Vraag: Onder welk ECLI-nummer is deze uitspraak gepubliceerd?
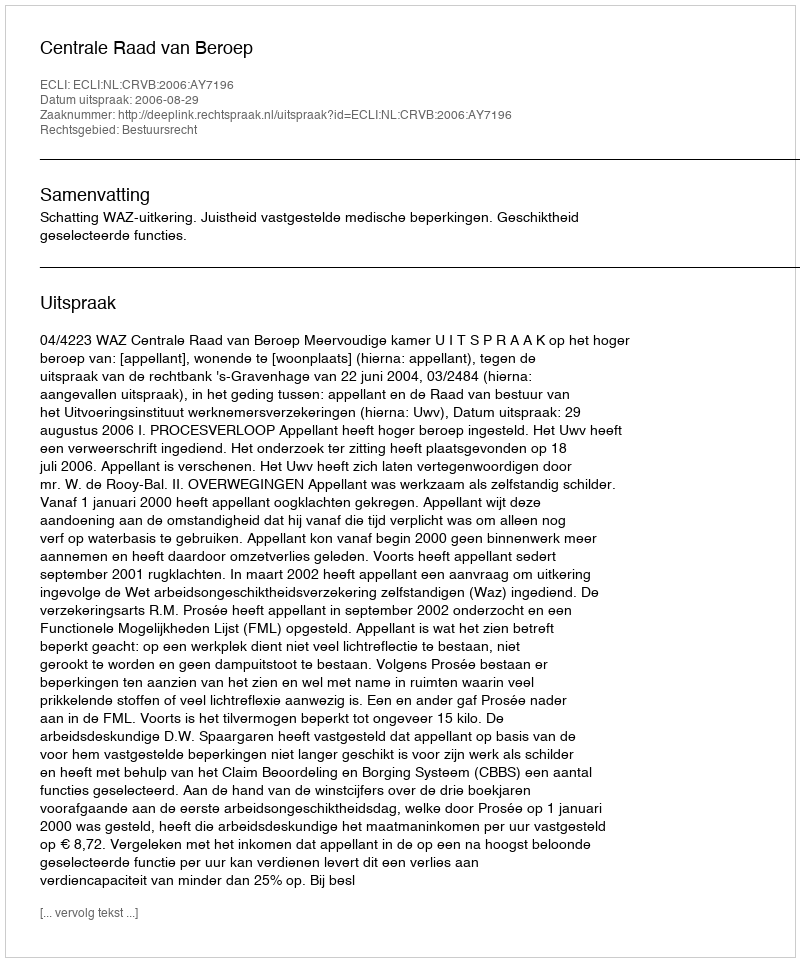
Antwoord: ECLI:NL:CRVB:2006:AY7196